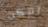
يمكن